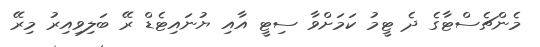
މެންޗެސްޓާގެ ދެ ޓީމު ކަމަށްވާ ސިޓީ އާއި ޔުނައިޓެޑް ރޭ ބަލިވިއިރު މިރޭ